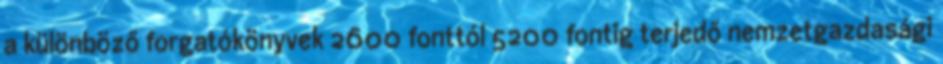
a különböző forgatókönyvek 2600 fonttól 5200 fontig terjedő nemzetgazdasági